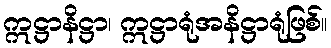
ဣဋ္ဌာနိဋ္ဌာ၊ ဣဋ္ဌာရုံအနိဋ္ဌာရုံဖြစ်။